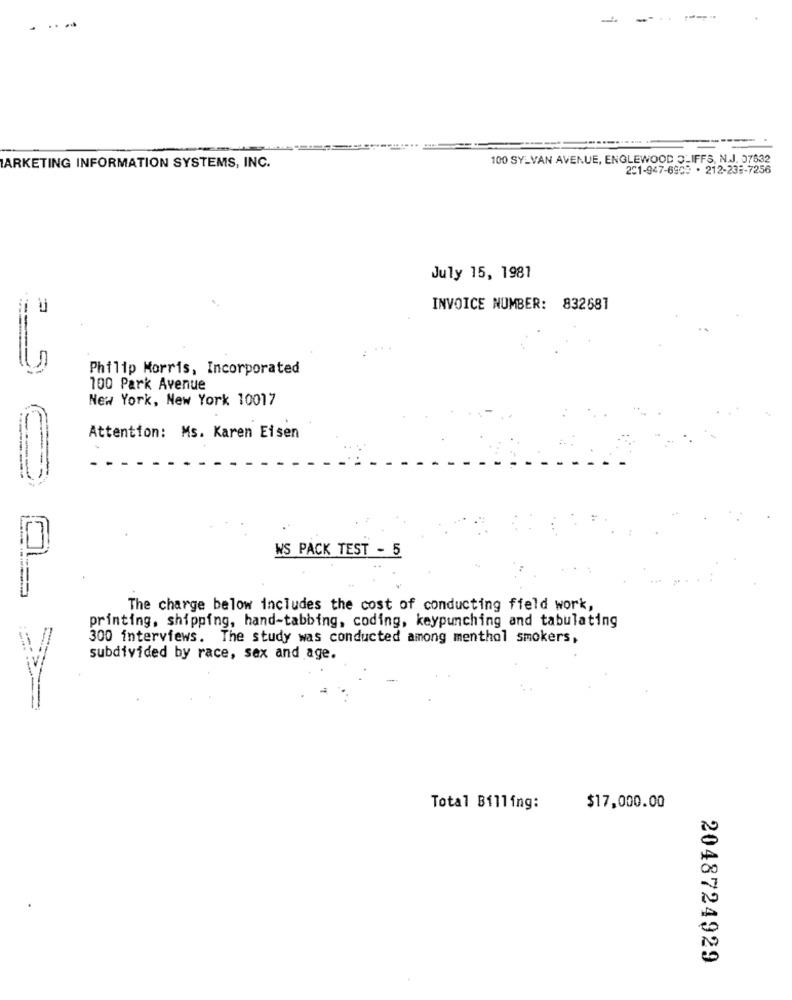
-
100 SYLVAN AVENUE, ENGLEWOOD 3_IFFS, N.J. 37532
ARKETING INFORMATION SYSTEMS, INC.
201-947-6900 . 212-235-7256
July 15, 1981
INVOICE NUMBER: 832581
Philip Morris, Incorporated
100 Park Avenue
New York, New York 10017
Attention: Ms. Karen Eisen
WS PACK TEST - 5
OL
The charge below includes the cost of conducting field work,
printing, shipping, hand-tabbing, coding, keypunching and tabulating
300 interviews. The study was conducted among menthol smokers,
subdivided by race, sex and age.
Total Billing:
$17,000.00
2048724929